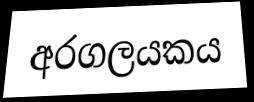
අරගලයකය